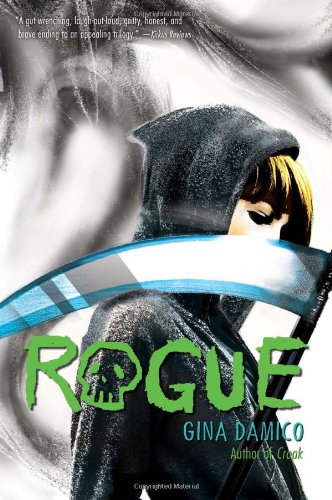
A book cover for Rogue (Croak); Gina Damico; Teen & Young Adult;